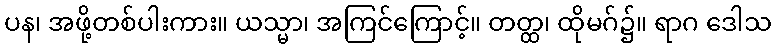
ပန၊ အဖို့တစ်ပါးကား။ ယသ္မာ၊ အကြင်ကြောင့်။ တတ္ထ၊ ထိုမဂ်၌။ ရာဂ ဒေါသ